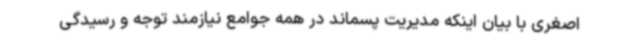
اصغری با بیان اینکه مدیریت پسماند در همه جوامع نیازمند توجه و رسیدگی